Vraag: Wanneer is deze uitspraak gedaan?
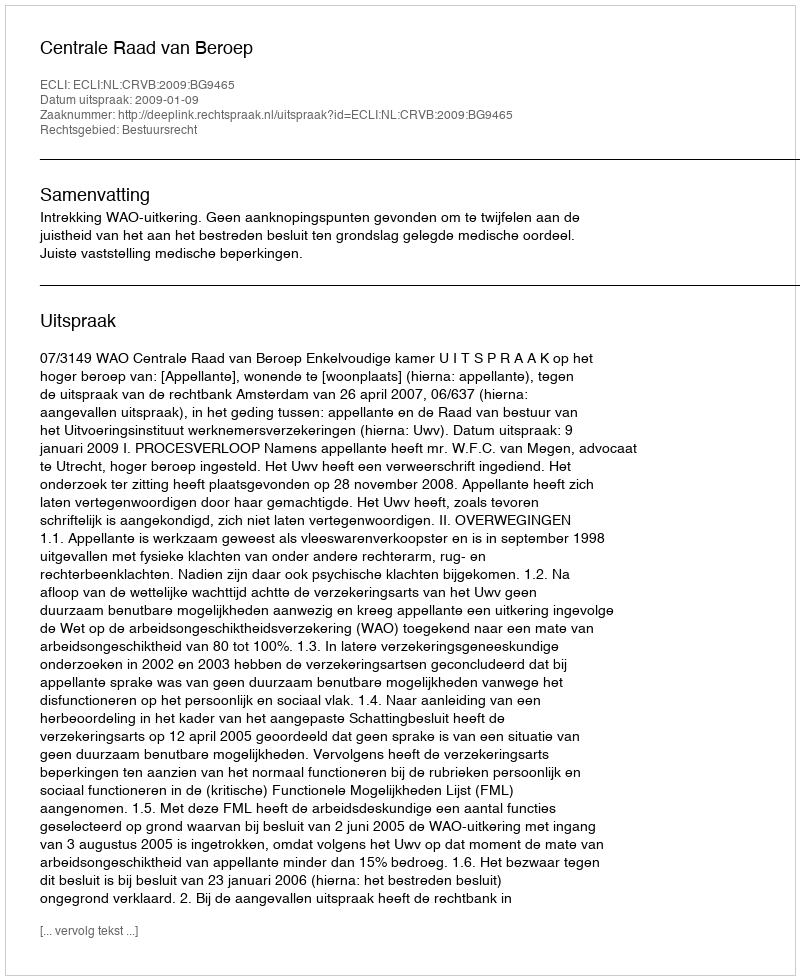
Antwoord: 2009-01-09